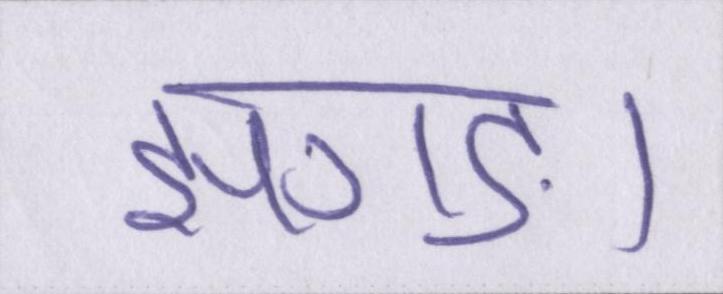
झगड़ा